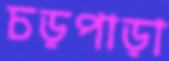
চড়পাড়া